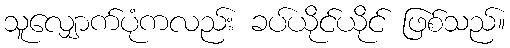
သူလျှောက်ပုံကလည်း ခပ်ယိုင်ယိုင် ဖြစ်သည်။